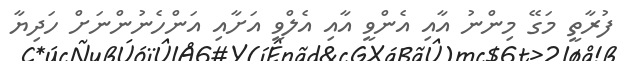
ފުރާތީ މަގޭ މިންނު އާއި އެންވީ އާއި އެލްވީ އަށާއި އަންހެނުންނަށް ހަދިޔާ